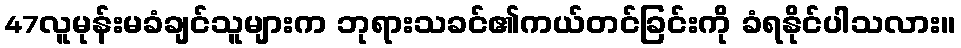
47လူမုန်းမခံချင်သူများက ဘုရားသခင်၏ကယ်တင်ခြင်းကို ခံရနိုင်ပါသလား။